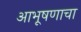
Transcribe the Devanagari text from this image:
आभूषणाचा